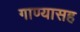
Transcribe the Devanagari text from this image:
गाण्यासह